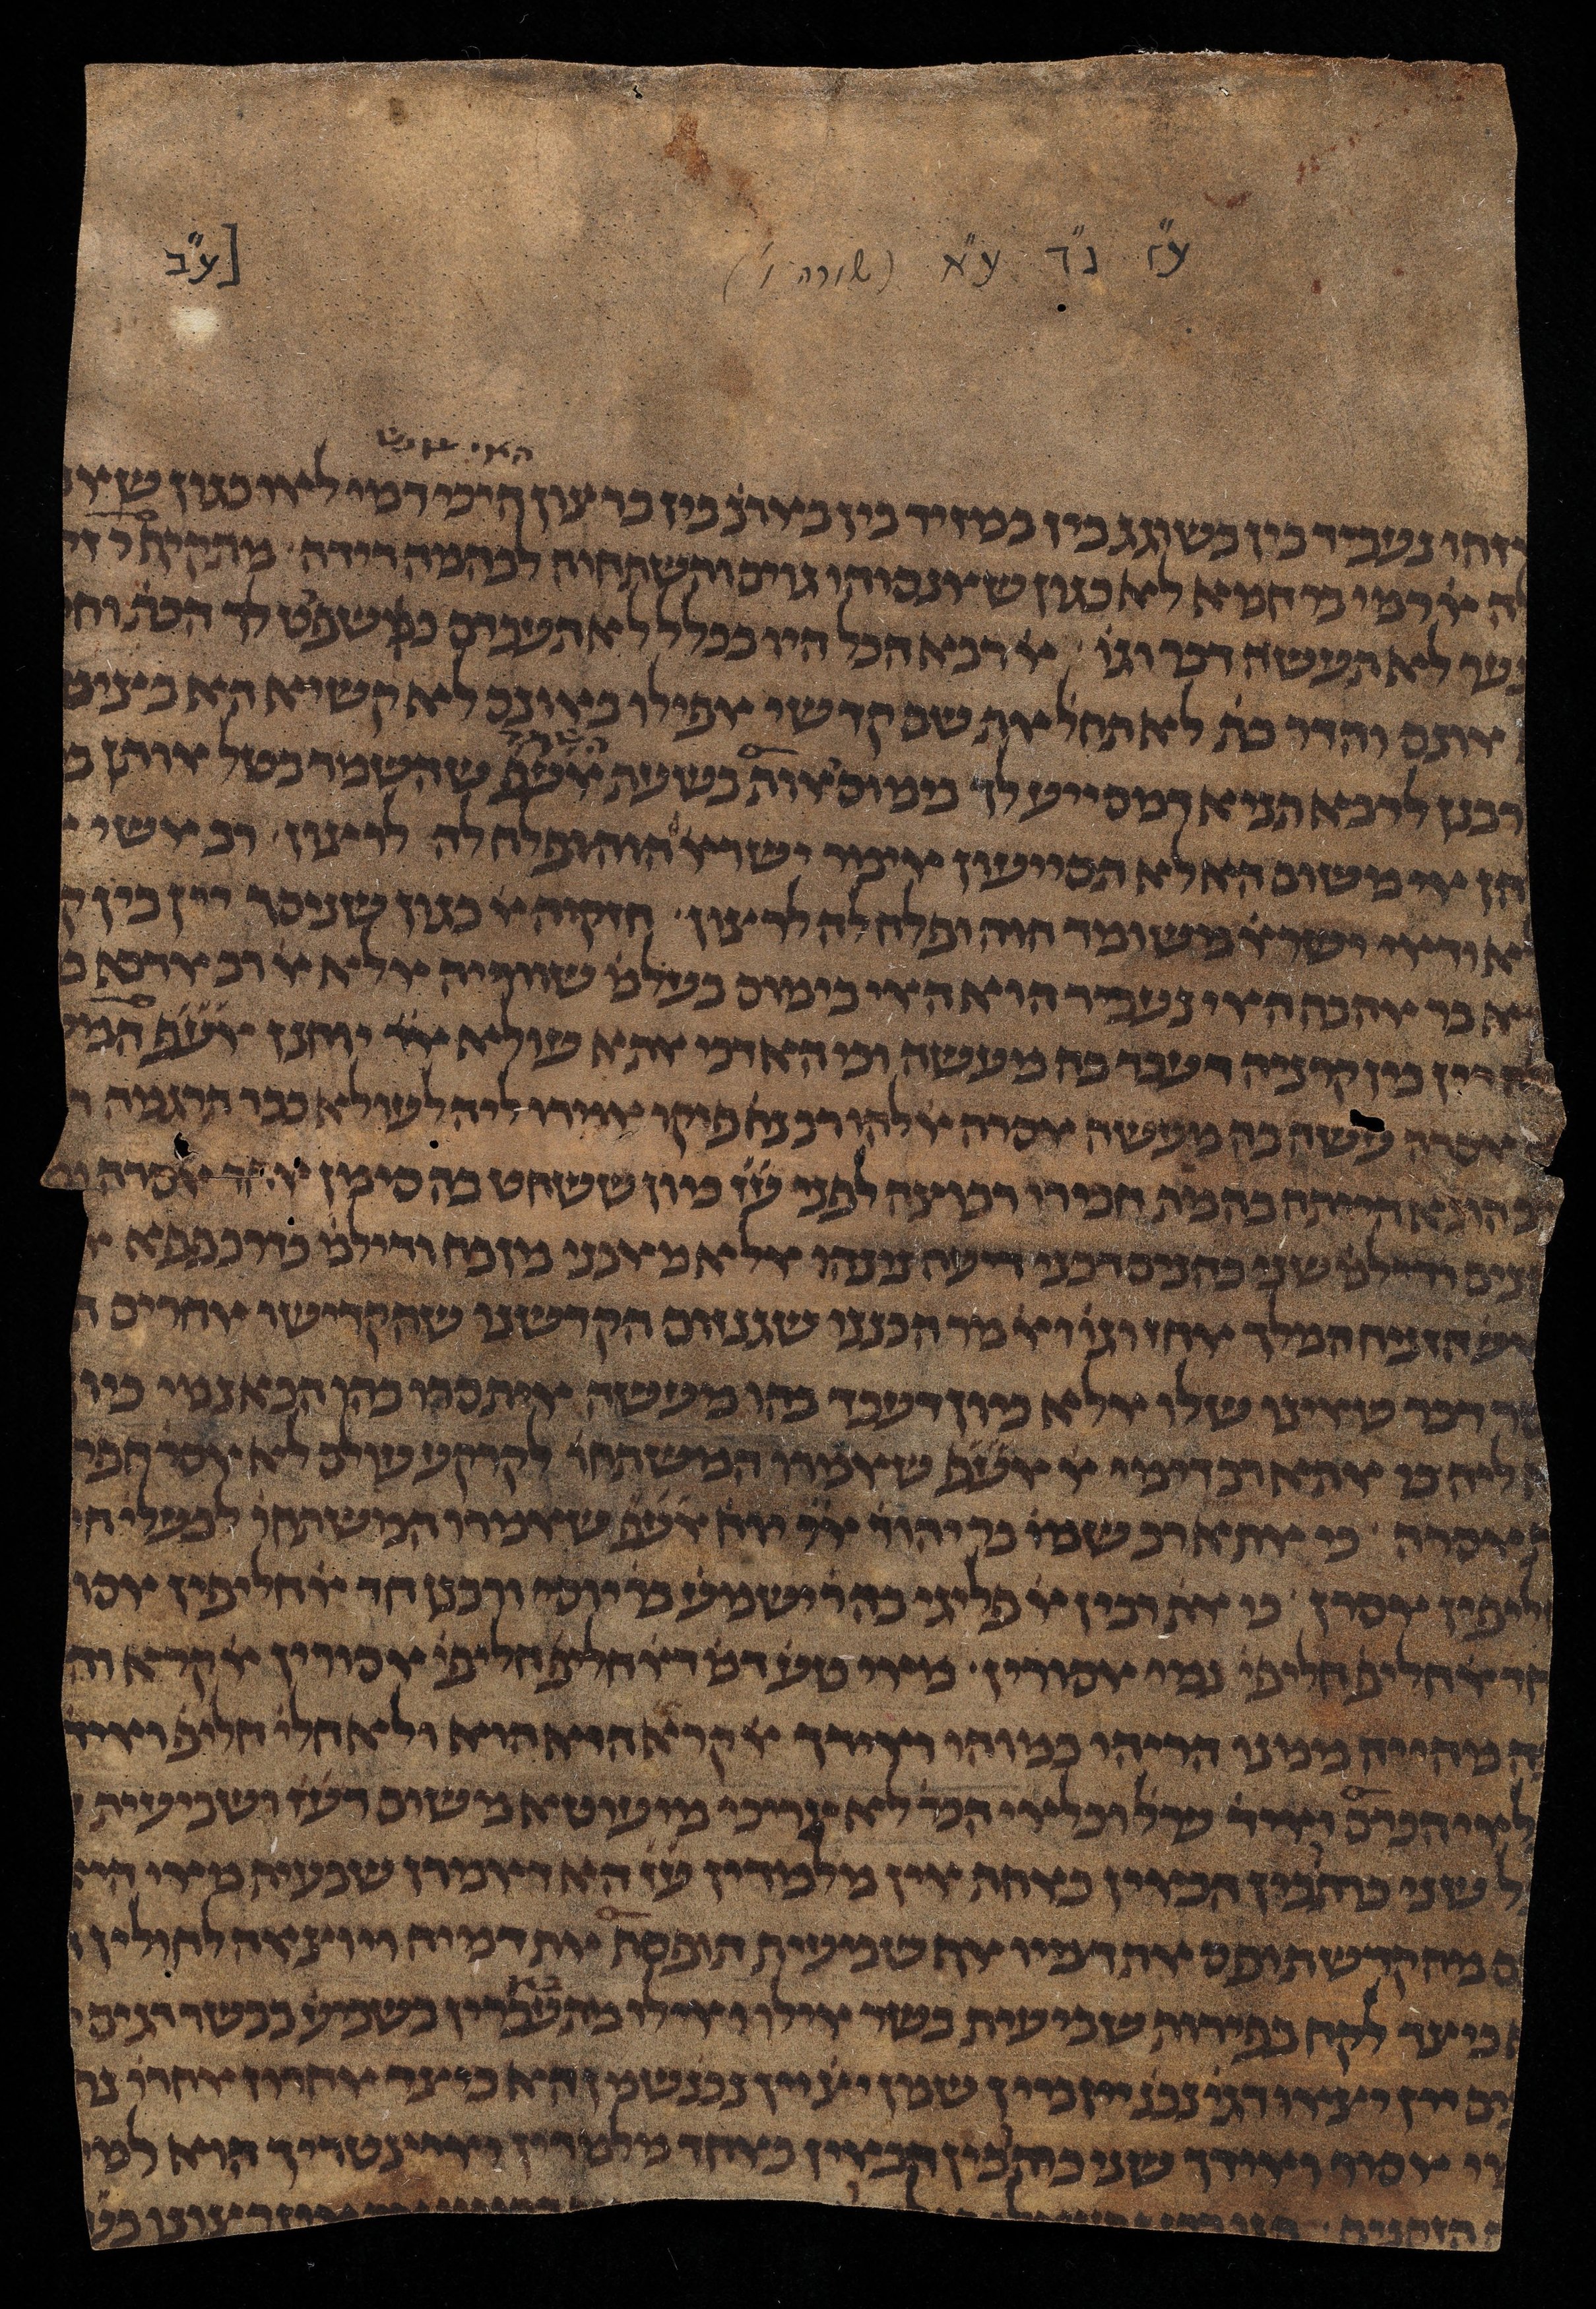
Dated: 1385–1399